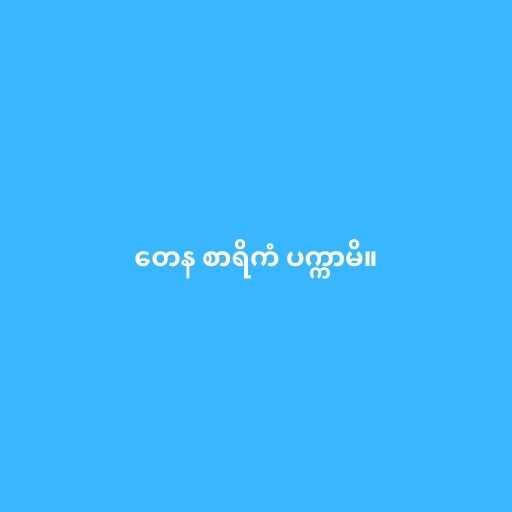
တေန စာရိကံ ပက္ကာမိ။